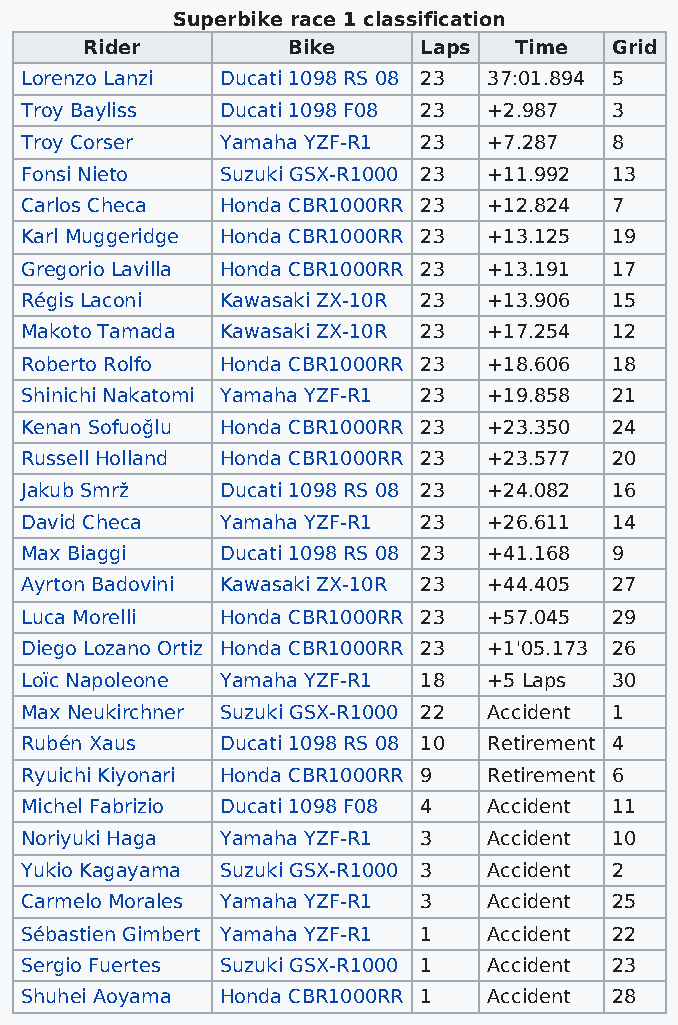
Superbike race 1 classification
 Rider        Bike     Laps  Time  Grid
 Lorenzo Lanzi Ducati 1098 RS 08 23 37:01.894 5
 Troy Bayliss  Ducati 1098 F08 23 +2.987 3
 Troy Corser   Yamaha YZF-R1 23 +7.287  8
 Fonsi Nieto   Suzuki GSX-R1000 23 +11.992 13
 Carlos Checa  Honda CBR1000RR 23 +12.824 7
 Karl Muggeridge Honda CBR1000RR 23 +13.125 19
 Gregorio Lavilla Honda CBR1000RR 23 +13.191 17
 Régis Laconi  Kawasaki ZX-10R 23 +13.906 15
 Makoto Tamada Kawasaki ZX-10R 23 +17.254 12
 Roberto Rolfo Honda CBR1000RR 23 +18.606 18
 Shinichi Nakatomi Yamaha YZF-R1 23 +19.858 21
 Kenan Sofuoğlu Honda CBR1000RR 23 +23.350 24
 Russell Holland Honda CBR1000RR 23 +23.577 20
 Jakub Smrž    Ducati 1098 RS 08 23 +24.082 16
 David Checa   Yamaha YZF-R1 23 +26.611 14
 Max Biaggi    Ducati 1098 RS 08 23 +41.168 9
 Ayrton Badovini Kawasaki ZX-10R 23 +44.405 27
 Luca Morelli  Honda CBR1000RR 23 +57.045 29
 Diego Lozano Ortiz Honda CBR1000RR 23 +1'05.173 26
 Loïc Napoleone Yamaha YZF-R1 18 +5 Laps 30
 Max Neukirchner Suzuki GSX-R1000 22 Accident 1
 Rubén Xaus    Ducati 1098 RS 08 10 Retirement 4
 Ryuichi Kiyonari Honda CBR1000RR 9 Retirement 6
 Michel Fabrizio Ducati 1098 F08 4 Accident 11
 Noriyuki Haga Yamaha YZF-R1 3  Accident 10
 Yukio Kagayama Suzuki GSX-R1000 3 Accident 2
 Carmelo Morales Yamaha YZF-R1 3 Accident 25
 Sébastien Gimbert Yamaha YZF-R1 1 Accident 22
 Sergio Fuertes Suzuki GSX-R1000 1 Accident 23
 Shuhei Aoyama Honda CBR1000RR 1 Accident 28